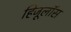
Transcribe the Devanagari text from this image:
हिजूलॉस